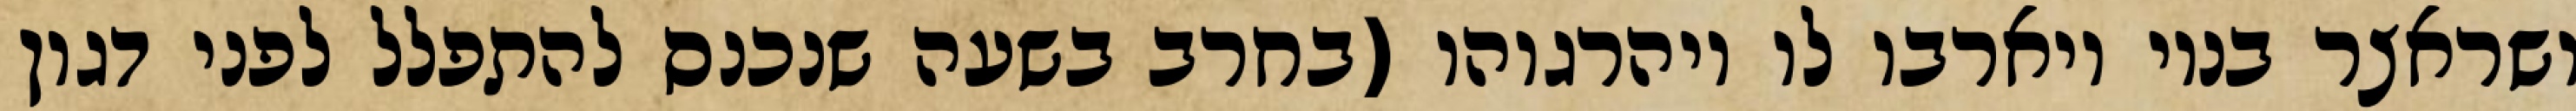
ושראצר בניו ויארבו לו ויהרגוהו (בחרב בשעה שנכנס להתפלל לפני דגון